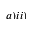
a ) i i )